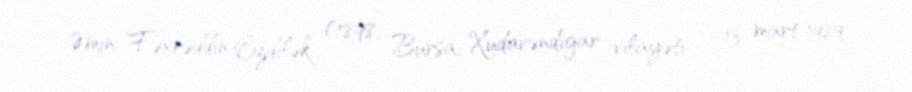
Əmin Fəxrəddin Özdilək (1898, Bursa, Xudavəndigar vilayəti – 13 mart 1989,